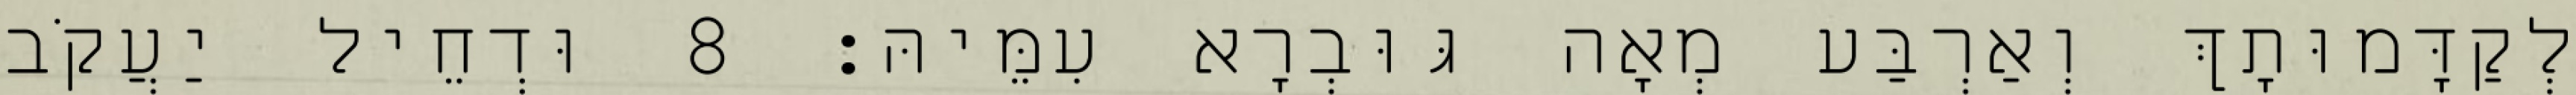
לְקַדָּמוּתָךְ וְאַרְבַּע מְאָה גּוּבְרָא עִמֵּיהּ׃ 8 וּדְחֵיל יַעֲקֹב